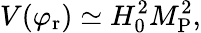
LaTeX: V(\varphi_{\mathrm{r}})\simeq H_{0}^{2}M_{\mathrm{P}}^{2},